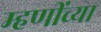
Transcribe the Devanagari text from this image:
म्हणींच्या